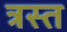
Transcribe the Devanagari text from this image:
त्रस्‍त